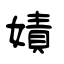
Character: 嫧